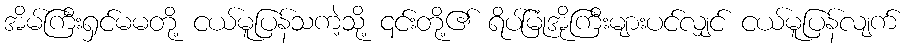
အိမ်ကြီးရှင်မမတို့ ငယ်မူပြန်သကဲ့သို့ ၎င်းတို့၏ ရိပ်မြုံအိုကြီးများပင်လျှင် ငယ်မူပြန်လျက်